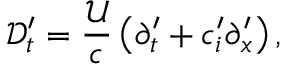
\mathcal { D } _ { t } ^ { \prime } = \frac { \mathcal { U } } { c } \left( \partial _ { t } ^ { \prime } + c _ { i } ^ { \prime } \partial _ { x } ^ { \prime } \right) ,